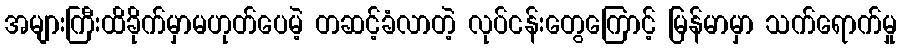
အများကြီးထိခိုက်မှာမဟုတ်ပေမဲ့ တဆင့်ခံလာတဲ့ လုပ်ငန်းတွေကြောင့် မြန်မာမှာ သက်ရောက်မှု